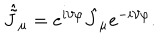
LaTeX: \hat { \tilde { J } } _ { \mu } = e ^ { i \vartheta \varphi } \hat { J } _ { \mu } e ^ { - i \vartheta \varphi } .